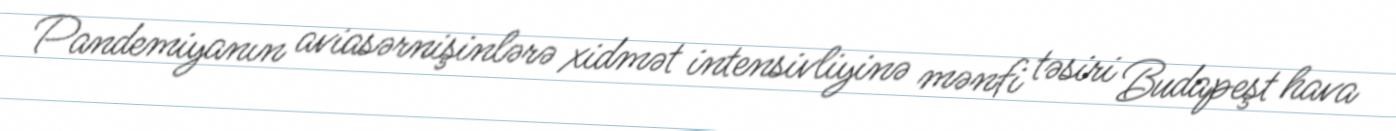
Pandemiyanın aviasərnişinlərə xidmət intensivliyinə mənfi təsiri Budapeşt hava